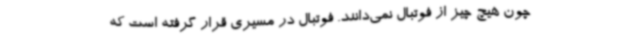
چون هیچ چیز از فوتبال نمی‌دانند. فوتبال در مسیری قرار گرفته است که